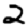
Digit: 2